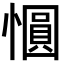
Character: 𪬱